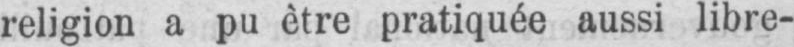
religion a pu être pratiquée aussi libre-